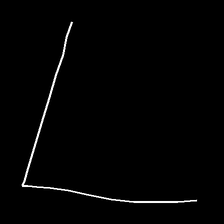
Glyph: region